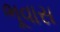
ભૂવાસ